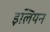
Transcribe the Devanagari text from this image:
इलियन